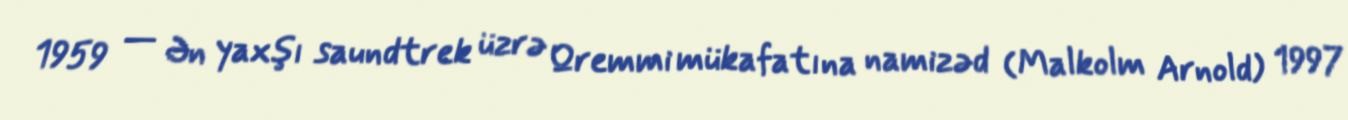
1959 — Ən yaxşı saundtrek üzrə Qremmi mükafatına namizəd (Malkolm Arnold) 1997